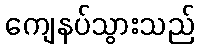
ကျေနပ်သွားသည်